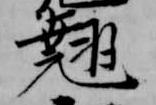
翹